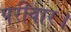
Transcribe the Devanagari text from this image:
परीवार।